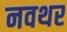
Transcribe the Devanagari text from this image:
नवथर